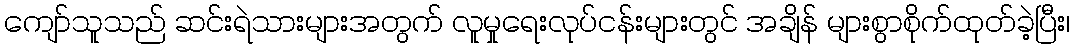
ကျော်သူသည် ဆင်းရဲသားများအတွက် လူမှုရေးလုပ်ငန်းများတွင် အချိန် များစွာစိုက်ထုတ်ခဲ့ပြီး၊